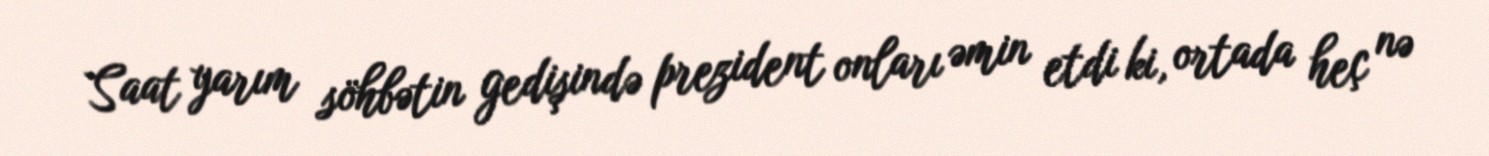
Saat yarım söhbətin gedişində prezident onları əmin etdi ki, ortada heç nə